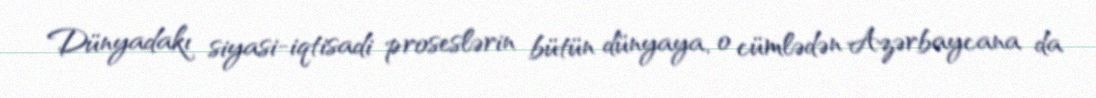
Dünyadakı siyasi-iqtisadi proseslərin bütün dünyaya, o cümlədən Azərbaycana da